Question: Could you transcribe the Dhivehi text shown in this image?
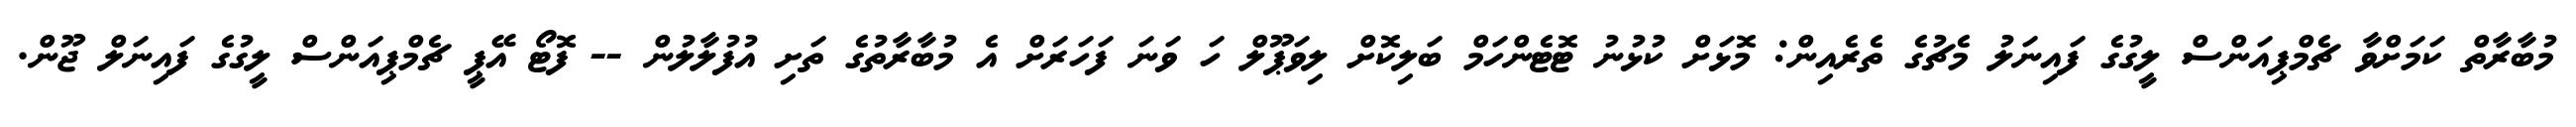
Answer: މުބާރާތް ކަމަށްވާ ޗެމްޕިއަންސް ލީގުގެ ފައިނަލު މެޗުގެ ތެރެއިން: މޮޅަށް ކުޅުނު ޓޮޓެންހަމް ބަލިކޮށް ލިވަޕޫލް ހަ ވަނަ ފަހަރަށް އެ މުބާރާތުގެ ތަށި އުފުލާލުން -- ފޮޓޯ އޭޕީ ޗެމްޕިއަންސް ލީގުގެ ފައިނަލް ޖޫން.